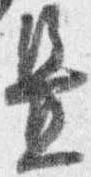
置